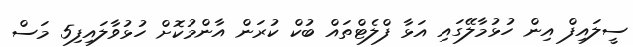
ސީލައިފް އިން ހުޅުމާލޭގައި އަޅާ ފްލެޓްތައް ބުކް ކުރަން އާންމުކޮށް ހުޅުވާލައިފި5 މަސް